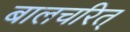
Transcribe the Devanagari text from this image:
बालचरित्